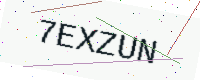
Text: 7EXZUN